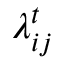
\lambda _ { i j } ^ { t }